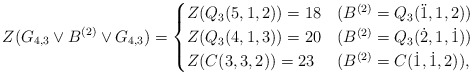
\begin{align*} Z(G_{4,3} \vee B^{(2)} \vee G_{4,3})= \begin{cases} Z(Q_3(5,1,2))=18 &(B^{(2)}=Q_3(\ddot1,1,2))\\ Z(Q_3(4,1,3))=20 &(B^{(2)}=Q_3(\dot2,1,\dot1))\\ Z(C(3,3,2))=23 &(B^{(2)}=C(\dot1,\dot1,2)), \end{cases} \end{align*}